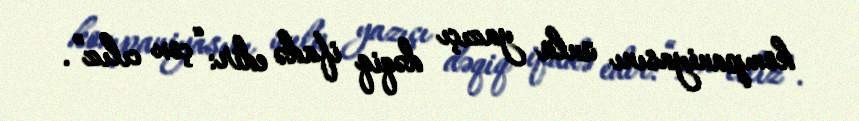
kompaniyasını ünlü yazıçı dəqiq ifadə edir: “çox cılız”.